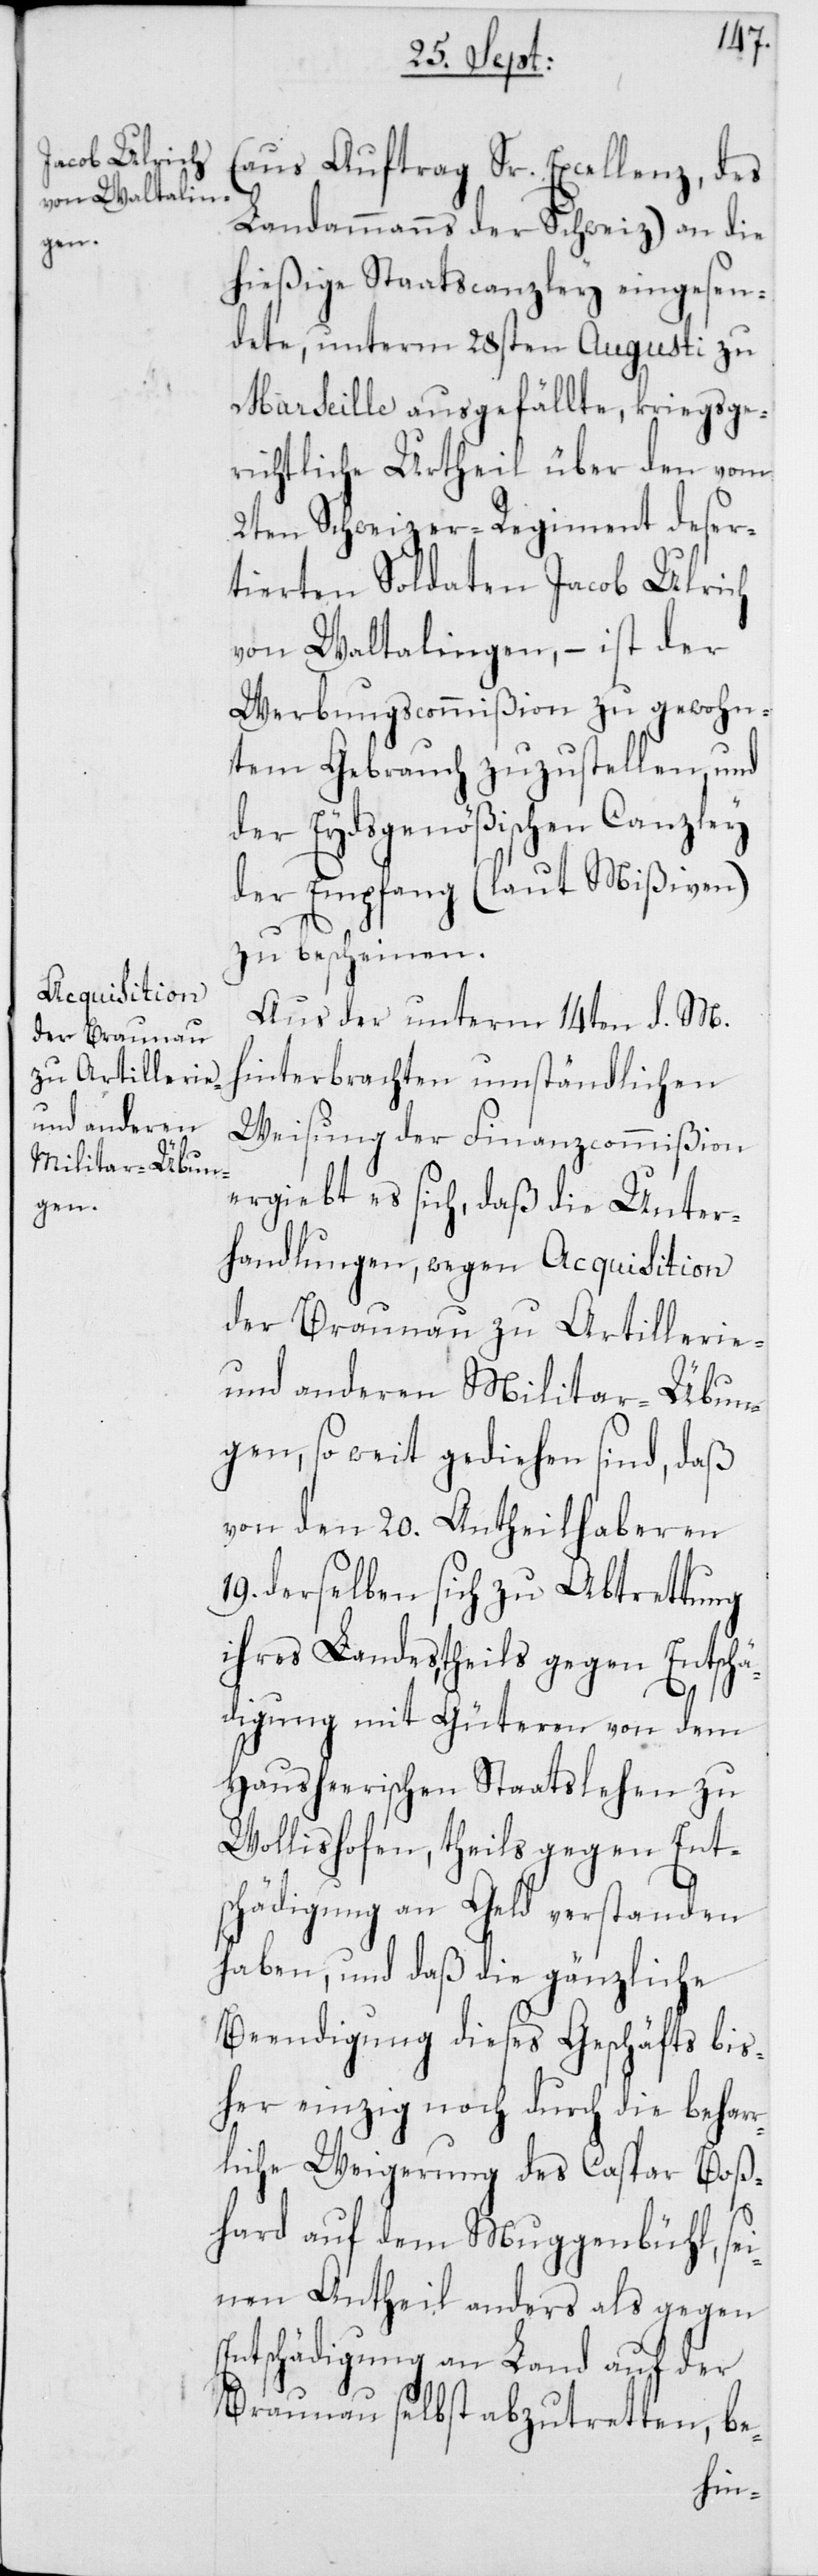
der Braunau
zu Artillerie-
und anderen
Militar-Übun¬

(aus Auftrag Sr. Excellenz, des
Landammanns der Schweiz) an die
hießige Staatscanzley eingesen¬
dete, unterm 28sten Augusti zu
Marseille ausgefällte, kriegsge¬
richtliche Urtheil über den vom
2ten Schweizer-Regiment deser¬
tierten Soldaten Jacob Ulrich
von Waltalingen, – ist der
Werbungscommißion zu gewohn¬
tem Gebrauch zuzustellen, und
der Eydsgenößischen Canzley
der Empfang (laut Mißiven)
zu bescheinen.
Aus der unterm 14ten d. M.
hinterbrachten umständlichen
Weisung der Finanzcommißion
ergiebt es sich, daß die Unter¬
handlungen, wegen Acquisition
gen, so weit gediehen sind, daß
von den 20. Antheilhaberen
19. derselben sich zu Abtrettung
ihres Landestheils gegen Entschä¬
digung mit Güteren von dem
Hausheerischen Staatslehen zu
Wollishofen, theils gegen Ents¬
chädigung an Geld verstanden
haben, und daß die gänzliche
Beendigung dieses Geschäfts bis¬
her einzig noch durch die behar¬
rliche Weigerung des Caspar Boß¬
hard auf dem Muggenbühl, se¬
inen Antheil anders als gegen
Entschädigung an Land auf der
Braunau selbst abzutretten, be-